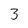
Character: 3